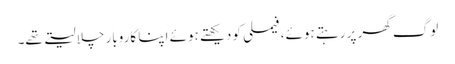
لوگ گھر پر رہتے ہوئے،فیملی کو دیکھتے ہوئے اپنا کاروبار چلا لیتے تھے۔